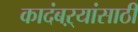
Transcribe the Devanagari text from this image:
कादंबऱ्यांसाठी